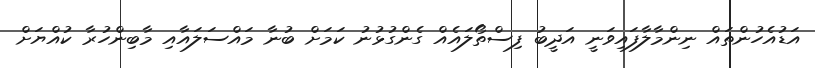
އަޑުއެހުންތައް ނިންމާލާފައިވަނީ އަދީބު ފިސްތޯލައެއް ގެންގުޅުނު ކަމަށް ބުނާ މައްސަލައާއި މާބިންހުރާ ކުއްޔަށް